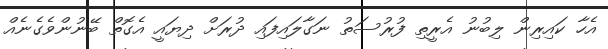
އެހާ ކައިރިން ލިބުނު އެރީތި ފުރުސަތު ނަގާލައިފައި ދުރަށް ދިޔައީ އެގޮތް ބޭނުންވެގެނެއް